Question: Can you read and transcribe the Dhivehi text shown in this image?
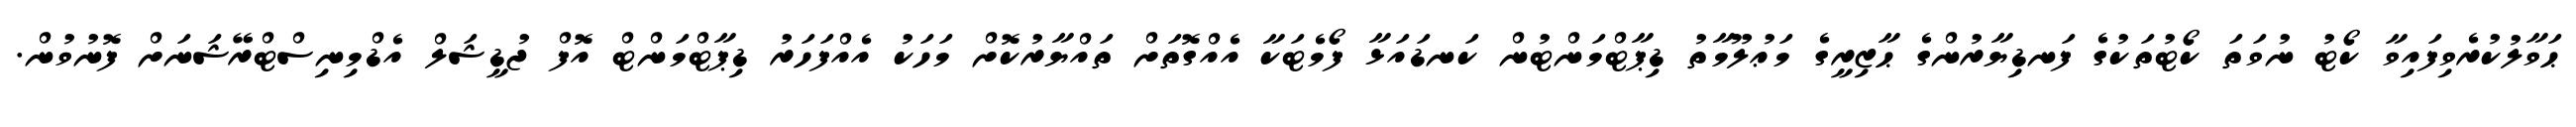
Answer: ޙަވާލުކުރެވިފައިވާ ކޯޓު ނުވަތަ ކޯޓުތަކުގެ ފަނޑިޔާރުންގެ ޙާޒިރީގެ މަޢުލޫމާތު ޑިޕާޓްމަންޓުން ކަނޑައަޅާ ފޯމެޓަކާ އެއްގޮތަށް ތައްޔާރުކޮށް މަހަކު އެއްފަހަރު ޑިޕާޓްމަންޓް އޮފް ޖުޑީޝަލް އެޑްމިނިސްޓްރޭޝަނަށް ފޮނުވުން.